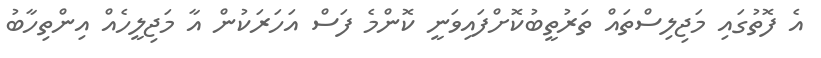
އެ ފޮތުގައި މަޖިލިސްތައް ތަރުތީބުކޮށްފައިވަނީ ކޮންމެ ފަސް އަހަރަކުން އާ މަޖިލީހެއް އިންތިހާބު